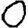
Digit: 0